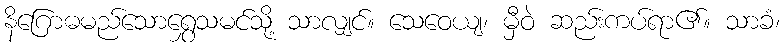
နိဂြောဓမည်သောရွှေသမင်သို့ သာလျှင်။ သေဝေယျ၊ မှီဝဲ ဆည်းကပ်ရာ၏။ သာခံ၊